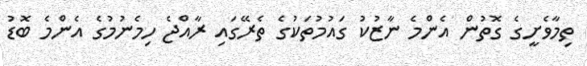
ތިމާވެށީގެ ގޮތުން އެންމެ ނާޒުކު ގައުމުތަކުގެ ތެރޭގައި ރާއްޖެ ހިމެނުމުގެ އެންމެ ބޮޑު